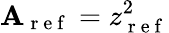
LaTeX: \mathbf{A}_{\mathrm{{~r~e~f~}}}=z_{\mathrm{{~r~e~f~}}}^{2}